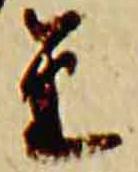
金